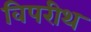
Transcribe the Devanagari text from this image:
विपरीथ